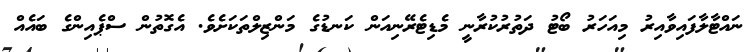
ނައްޓާލާފައިވާއިރު މިއަހަރު ބޯޓު ދަތުރުކުރާނީ މެޑިޓެރޭނިއަން ކަނޑުގެ މަންޒިލްތަކަށެވެ. އެގޮތުން ސްޕެއިންގެ ބައެއް